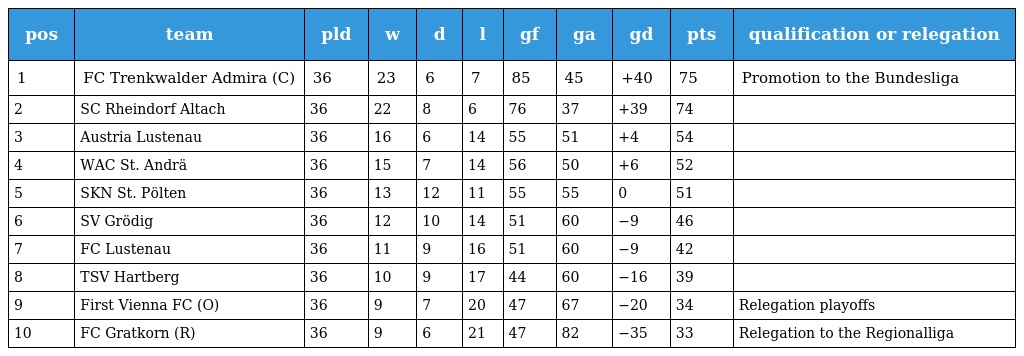
| pos | team | pld | w | d | l | gf | ga | gd | pts | qualification or relegation |
 | --- | --- | --- | --- | --- | --- | --- | --- | --- | --- | --- |
 | 1 | FC Trenkwalder Admira (C) | 36 | 23 | 6 | 7 | 85 | 45 | +40 | 75 | Promotion to the Bundesliga |
 | 2 | SC Rheindorf Altach | 36 | 22 | 8 | 6 | 76 | 37 | +39 | 74 |  |
 | 3 | Austria Lustenau | 36 | 16 | 6 | 14 | 55 | 51 | +4 | 54 |  |
 | 4 | WAC St. Andrä | 36 | 15 | 7 | 14 | 56 | 50 | +6 | 52 |  |
 | 5 | SKN St. Pölten | 36 | 13 | 12 | 11 | 55 | 55 | 0 | 51 |  |
 | 6 | SV Grödig | 36 | 12 | 10 | 14 | 51 | 60 | −9 | 46 |  |
 | 7 | FC Lustenau | 36 | 11 | 9 | 16 | 51 | 60 | −9 | 42 |  |
 | 8 | TSV Hartberg | 36 | 10 | 9 | 17 | 44 | 60 | −16 | 39 |  |
 | 9 | First Vienna FC (O) | 36 | 9 | 7 | 20 | 47 | 67 | −20 | 34 | Relegation playoffs |
 | 10 | FC Gratkorn (R) | 36 | 9 | 6 | 21 | 47 | 82 | −35 | 33 | Relegation to the Regionalliga |